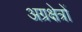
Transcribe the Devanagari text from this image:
अग्रक्षेत्रों